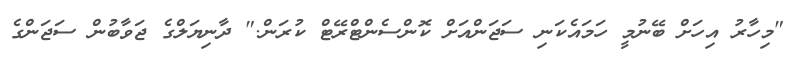
"މިހާރު އިހަށް ބޭނުމީ ހަމައެކަނި ސަޖަންއަށް ކޮންސެންޓްރޭޓް ކުރަން." ދާނިޔަލްގެ ޖަވާބުން ސަޖަންގެ